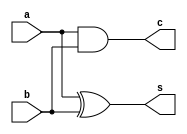

// Written on: 8 April 2021 (Fri)
// Title: Dataflow modelling of a half-adder

module HA_D (a, b, s, c);

	input a, b;
	output s, c;

	assign s = a ^ b;
	assign c = a & b;
	
endmodule